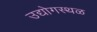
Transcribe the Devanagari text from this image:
उद्योगस्थळ